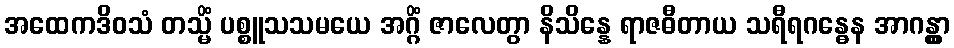
အထေကဒိဝသံ တသ္မိံ ပစ္စူသသမယေ အဂ္ဂိံ ဇာလေတွာ နိသိန္နေ ရာဇဓီတာယ သရီရဂန္ဓေန အာဂန္တွာ